Annual vaccination report of Bihar and Orissa - 1911-1928
Year: 1911
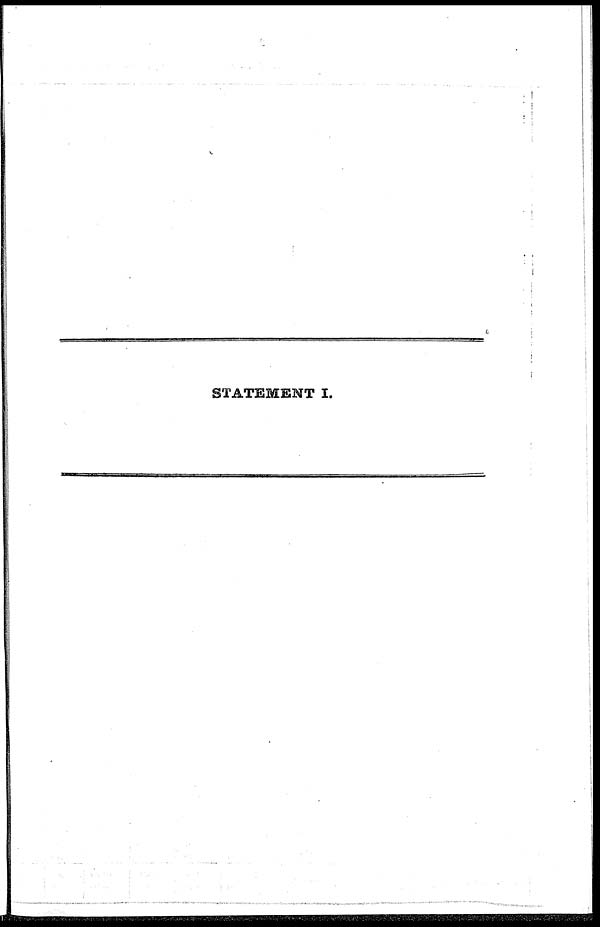
STATEMENT I.